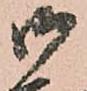
御